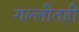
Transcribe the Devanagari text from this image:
गल्लीतही